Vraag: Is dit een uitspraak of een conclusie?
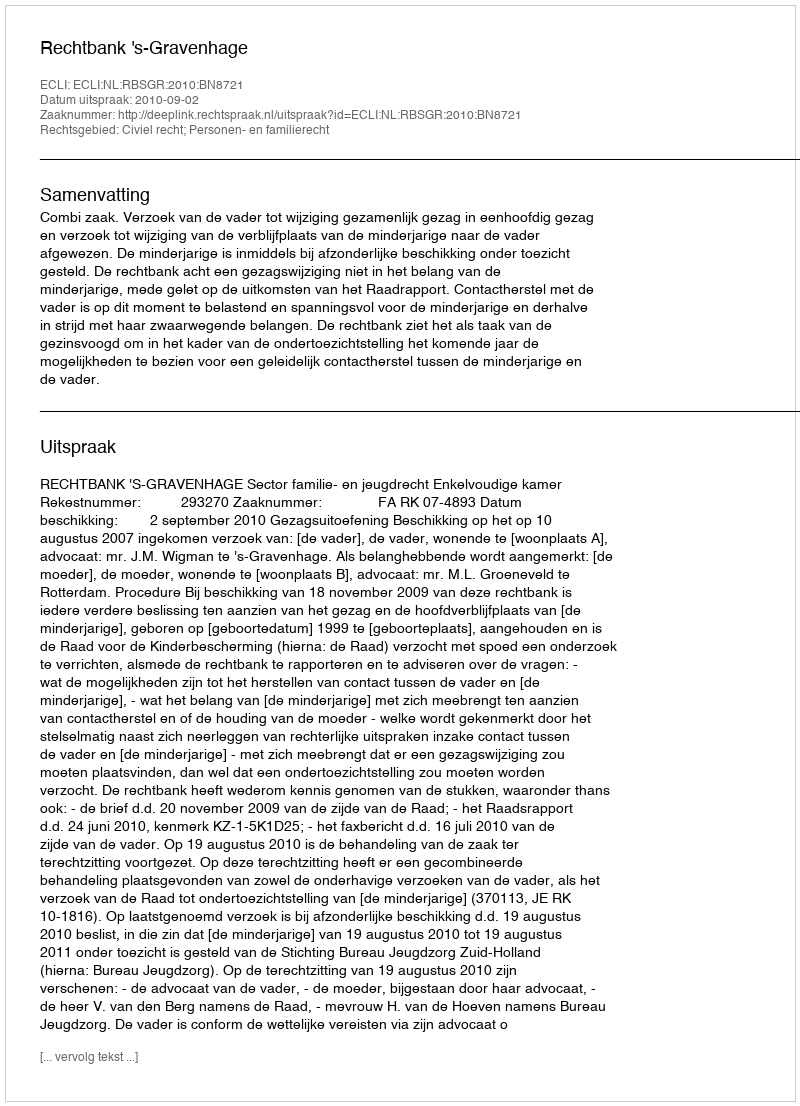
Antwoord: Uitspraak